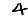
Digit: 4